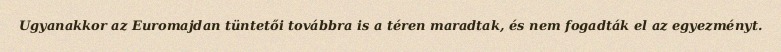
Ugyanakkor az Euromajdan tüntetői továbbra is a téren maradtak, és nem fogadták el az egyezményt.